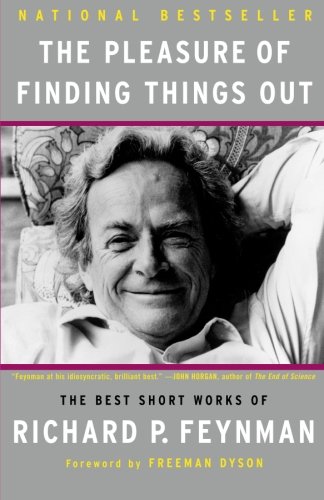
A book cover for The Pleasure of Finding Things Out: The Best Short Works of Richard P. Feynman (Helix Books); Richard P. Feynman; Biographies & Memoirs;